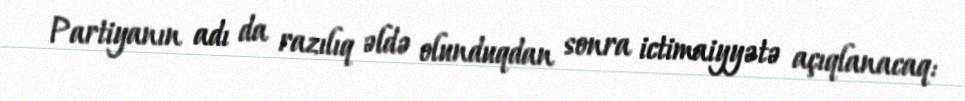
Partiyanın adı da razılıq əldə olunduqdan sonra ictimaiyyətə açıqlanacaq: